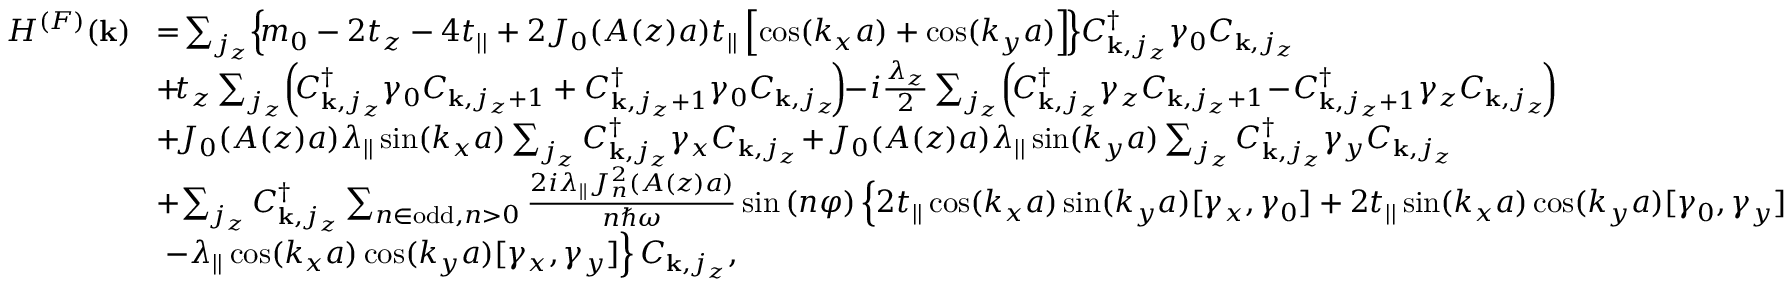
\begin{array} { r l } { H ^ { ( F ) } ( { \bf k } ) } & { \! = \! \sum _ { j _ { z } } \! \left\{ \! m _ { 0 } - 2 t _ { z } - 4 t _ { | | } + 2 { \cal J } _ { 0 } ( A ( z ) a ) t _ { | | } \left[ \cos ( k _ { x } a ) + \cos ( k _ { y } a ) \right] \! \right\} \! C _ { { \bf k } , j _ { z } } ^ { \dagger } \gamma _ { 0 } C _ { { \bf k } , j _ { z } } } \\ & { \! + \! t _ { z } \sum _ { j _ { z } } \! \left( \! C _ { { \bf k } , j _ { z } } ^ { \dagger } \gamma _ { 0 } C _ { { \bf k } , j _ { z } + 1 } + C _ { { \bf k } , j _ { z } + 1 } ^ { \dagger } \gamma _ { 0 } C _ { { \bf k } , j _ { z } } \! \right) \! \! - \! i \frac { \lambda _ { z } } { 2 } \sum _ { j _ { z } } \! \left( \! C _ { { \bf k } , j _ { z } } ^ { \dagger } \gamma _ { z } C _ { { \bf k } , j _ { z } + 1 } \! - \! C _ { { \bf k } , j _ { z } + 1 } ^ { \dagger } \gamma _ { z } C _ { { \bf k } , j _ { z } } \! \right) \! } \\ & { \! + \! { \cal J } _ { 0 } ( A ( z ) a ) \lambda _ { | | } \sin ( k _ { x } a ) \sum _ { j _ { z } } C _ { { \bf k } , j _ { z } } ^ { \dagger } \gamma _ { x } C _ { { \bf k } , j _ { z } } \! + \! { \cal J } _ { 0 } ( A ( z ) a ) \lambda _ { | | } \sin ( k _ { y } a ) \sum _ { j _ { z } } C _ { { \bf k } , j _ { z } } ^ { \dagger } \gamma _ { y } C _ { { \bf k } , j _ { z } } } \\ & { \! + \! \sum _ { j _ { z } } C _ { { \bf k } , j _ { z } } ^ { \dagger } \sum _ { n \in \mathrm { o d d } , n > 0 } \frac { 2 i \lambda _ { | | } { \cal J } _ { n } ^ { 2 } ( A ( z ) a ) } { n \hbar \omega } \sin \left( n \varphi \right) \left\{ 2 t _ { | | } \cos ( k _ { x } a ) \sin ( k _ { y } a ) [ \gamma _ { x } , \gamma _ { 0 } ] + 2 t _ { | | } \sin ( k _ { x } a ) \cos ( k _ { y } a ) [ \gamma _ { 0 } , \gamma _ { y } ] \right. } \\ & { \left. - \lambda _ { | | } \cos ( k _ { x } a ) \cos ( k _ { y } a ) [ \gamma _ { x } , \gamma _ { y } ] \right\} C _ { { \bf k } , j _ { z } } , } \end{array}